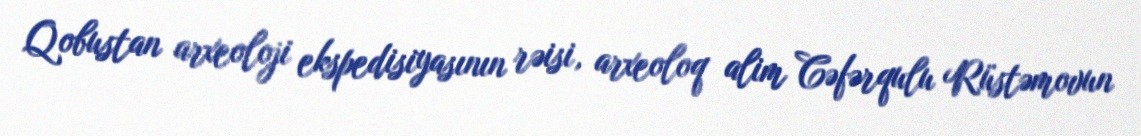
Qobustan arxeoloji ekspedisiyasının rəisi, arxeoloq alim Cəfərqulu Rüstəmovun